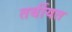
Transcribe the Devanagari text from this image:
तर्बीयत